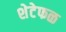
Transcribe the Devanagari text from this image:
शेटेफळ